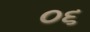
૦૬